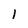
Character: l